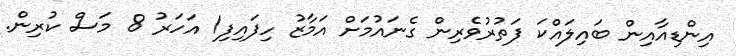
އިންޑިއާއިން ބައިލައްކަ ފަތުރުވެރިން ގެނައުމަށް އަމާޒު ހިފައިފި1 އަހަރު 8 މަސް ކުރިން.